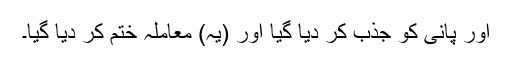
اور پانی کو جذب کر دیا گیا اور (یہ) معاملہ ختم کر دیا گیا۔